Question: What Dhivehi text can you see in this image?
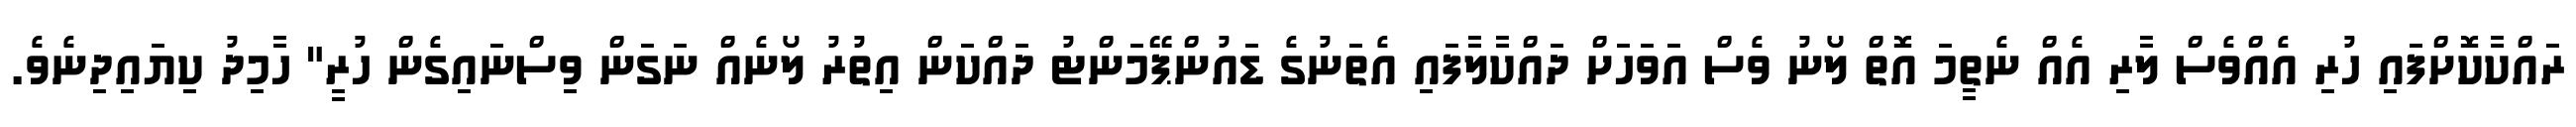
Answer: ރަައްކާކޮށްފަައި ހުރި އެއްވެސް ލާރި އެއް ނެތީމަ އޮތް ލޯނު ވެސް އަވަހަށް ދައްކާލާފައި އެތަނުގެ ޑައުންޕޭމަންޓު ދައްކަން އިތުރު ލޯނެއް ނަގަން ވިސްނައިގެން ހުރީ" ހާމިދު ކިޔައިދިނެވެ.